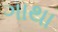
ગાથા